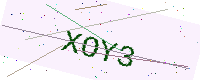
Text: XOY3